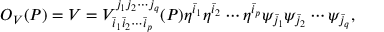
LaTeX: { \cal O } _ { V } ( P ) = V = V _ { { \bar { i } } _ { 1 } { \bar { i } } _ { 2 } \cdots { \bar { i } } _ { p } } ^ { j _ { 1 } j _ { 2 } \cdots j _ { q } } ( P ) \eta ^ { \bar { i } _ { 1 } } \eta ^ { \bar { i } _ { 2 } } \cdots \eta ^ { \bar { i } _ { p } } \psi _ { \bar { j } _ { 1 } } \psi _ { \bar { j } _ { 2 } } \cdots \psi _ { \bar { j } _ { q } } ,